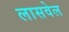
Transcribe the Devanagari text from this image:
लासवेल